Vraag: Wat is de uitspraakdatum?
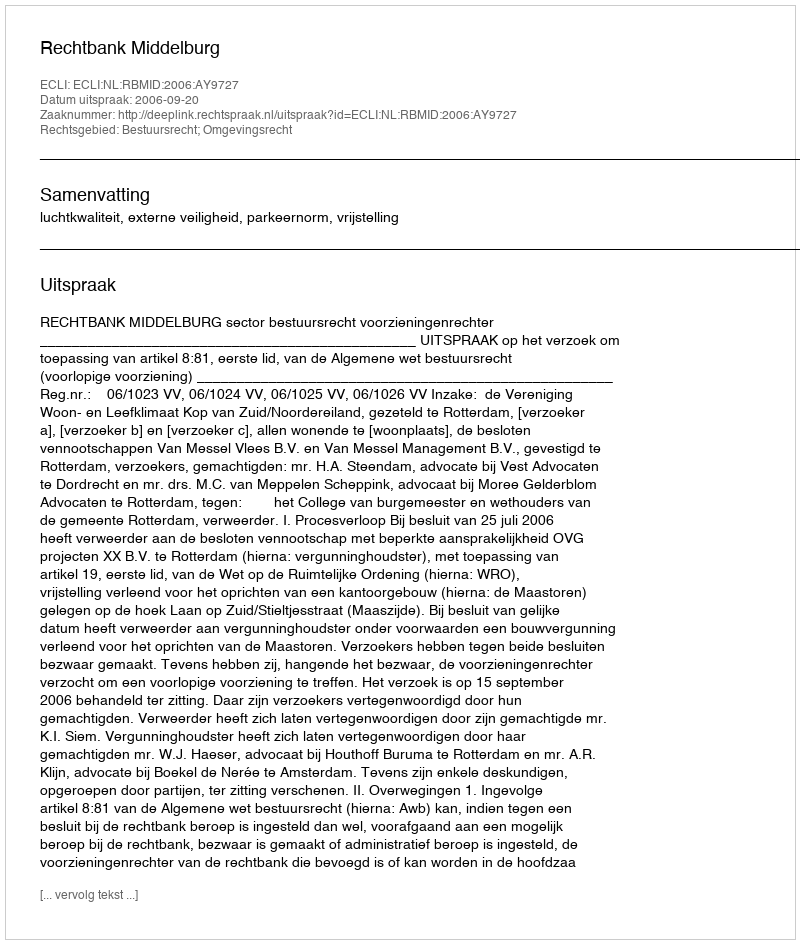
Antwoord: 2006-09-20